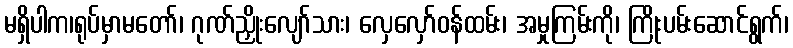
မရှိပါက၊ရုပ်မှာမတော်၊ ဂုဏ်ညှိုးလျော်သား၊ လှေလှော်ဝန်ထမ်း၊ အမှုကြမ်းကို၊ ကြိုးပမ်းဆောင်ရွက်၊